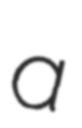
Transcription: a